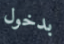
بدخول